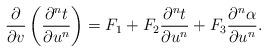
LaTeX: \begin{align*} \frac{\partial}{\partial v}\left(\frac{\partial^nt}{\partial u^n}\right)=F_1+F_2\frac{\partial^nt}{\partial u^n}+F_3\frac{\partial^n\alpha}{\partial u^n}.\end{align*}